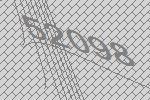
52098